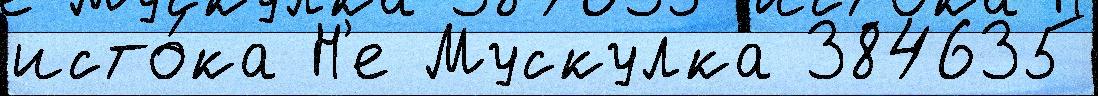
исто́ка Н'е Мускулка 384635